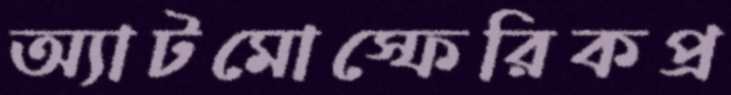
অ্যাটমোস্ফেরিকপ্র